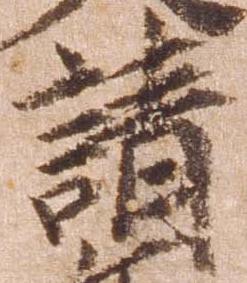
請